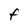
Character: F